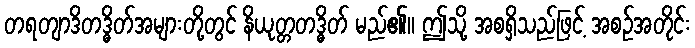
တရတျာဒိတဒ္ဓိတ်အများတို့တွင် နိယုတ္တတဒ္ဓိတ် မည်၏။ ဤသို့ အစရှိသည်ဖြင့် အစဉ်အတိုင်း